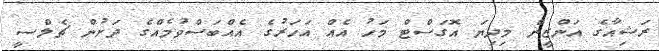
ރަޝިއާގެ އަންޒީން މިދިޔަ އޮގަސްޓް މަހު އެއް އަހަރުގެ އެއްބަސްވުމެއްގެ ދަށުން ޗެލްސީ